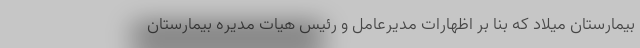
بيمارستان ميلاد كه بنا بر اظهارات مديرعامل و رئيس هيات مديره بيمارستان